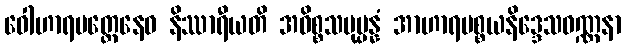
ဝေါဟာရမတ္တေနေဝ နိဿာရီယတိ အဓိစ္စသမုပ္ပန္နံ အာဟာရပစ္စယနိဒ္ဒေသဝဏ္ဏနာ